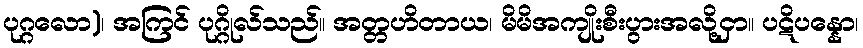
ပုဂ္ဂလော)၊ အကြင် ပုဂ္ဂိုလ်သည်။ အတ္တဟိတာယ၊ မိမိအကျိုးစီးပွားအလို့ငှာ။ ပဋိပန္နော၊